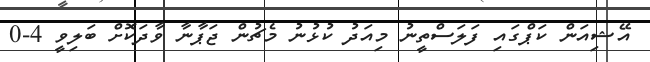
އޭޝިއަން ކަޕްގައި ފަލަސްތީނު މިއަދު ކުޅުނު މެޗުން ޖަޕާނާ ވާދަކޮށް ބަލިވީ 4-0